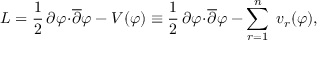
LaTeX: { \cal L } = \frac { 1 } { 2 } \, \partial \varphi \! \cdot \! { \overline { { \partial } } } \varphi - V ( \varphi ) \equiv \frac { 1 } { 2 } \, \partial \varphi \! \cdot \! { \overline { { \partial } } } \varphi - \sum _ { r = 1 } ^ { n } \; v _ { r } ( \varphi ) ,